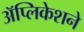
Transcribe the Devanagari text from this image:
अॅप्लिकेशने